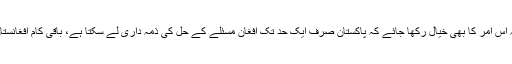
تاہم ان کا کہنا تھا کہ اس امر کا بھی خیال رکھا جائے کہ پاکستان صرف ایک حد تک افغان مسئلے کے حل کی ذمہ داری لے سکتا ہے، باقی کام افغانستان کو خود کرنا ہوگا۔